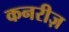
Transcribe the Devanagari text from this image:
कनरीज़